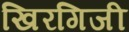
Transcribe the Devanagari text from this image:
खिरगिजी